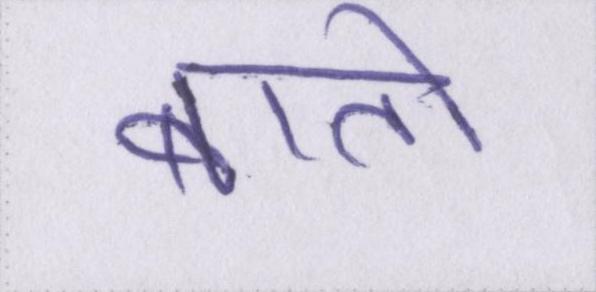
बातो